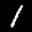
Label: 1